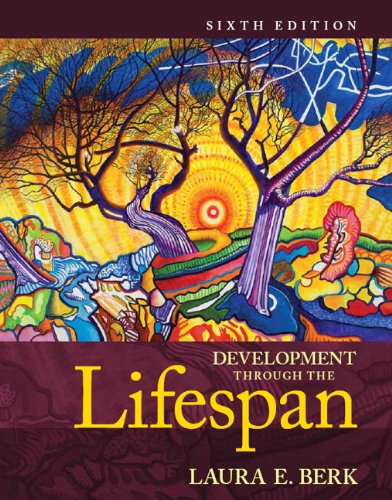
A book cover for Development Through the Lifespan, Books a la Carte Edition (6th Edition); Laura E. Berk; Health, Fitness & Dieting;